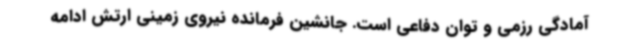
آمادگی رزمی و توان دفاعی است. جانشین فرمانده نیروی زمینی ارتش ادامه